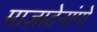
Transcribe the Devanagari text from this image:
माज़ाटेनांगो